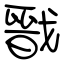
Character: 戩